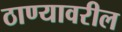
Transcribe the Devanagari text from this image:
ठाण्यावरील